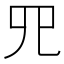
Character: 𦉭